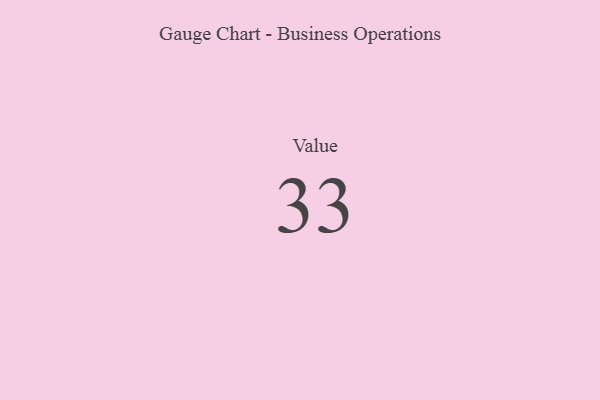
{"axis": {"x": "Metric", "y": "Value"}, "legend": [""], "data": [{"x": "Value", "y": 33, "type": ""}]}